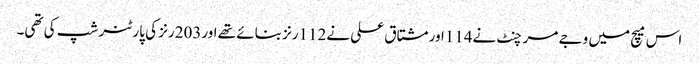
اس میچ میں وجے مرچنٹ نے114اور مشتاق علی نے112رنز بنائے تھے اور203رنز کی پارٹنر شپ کی تھی۔